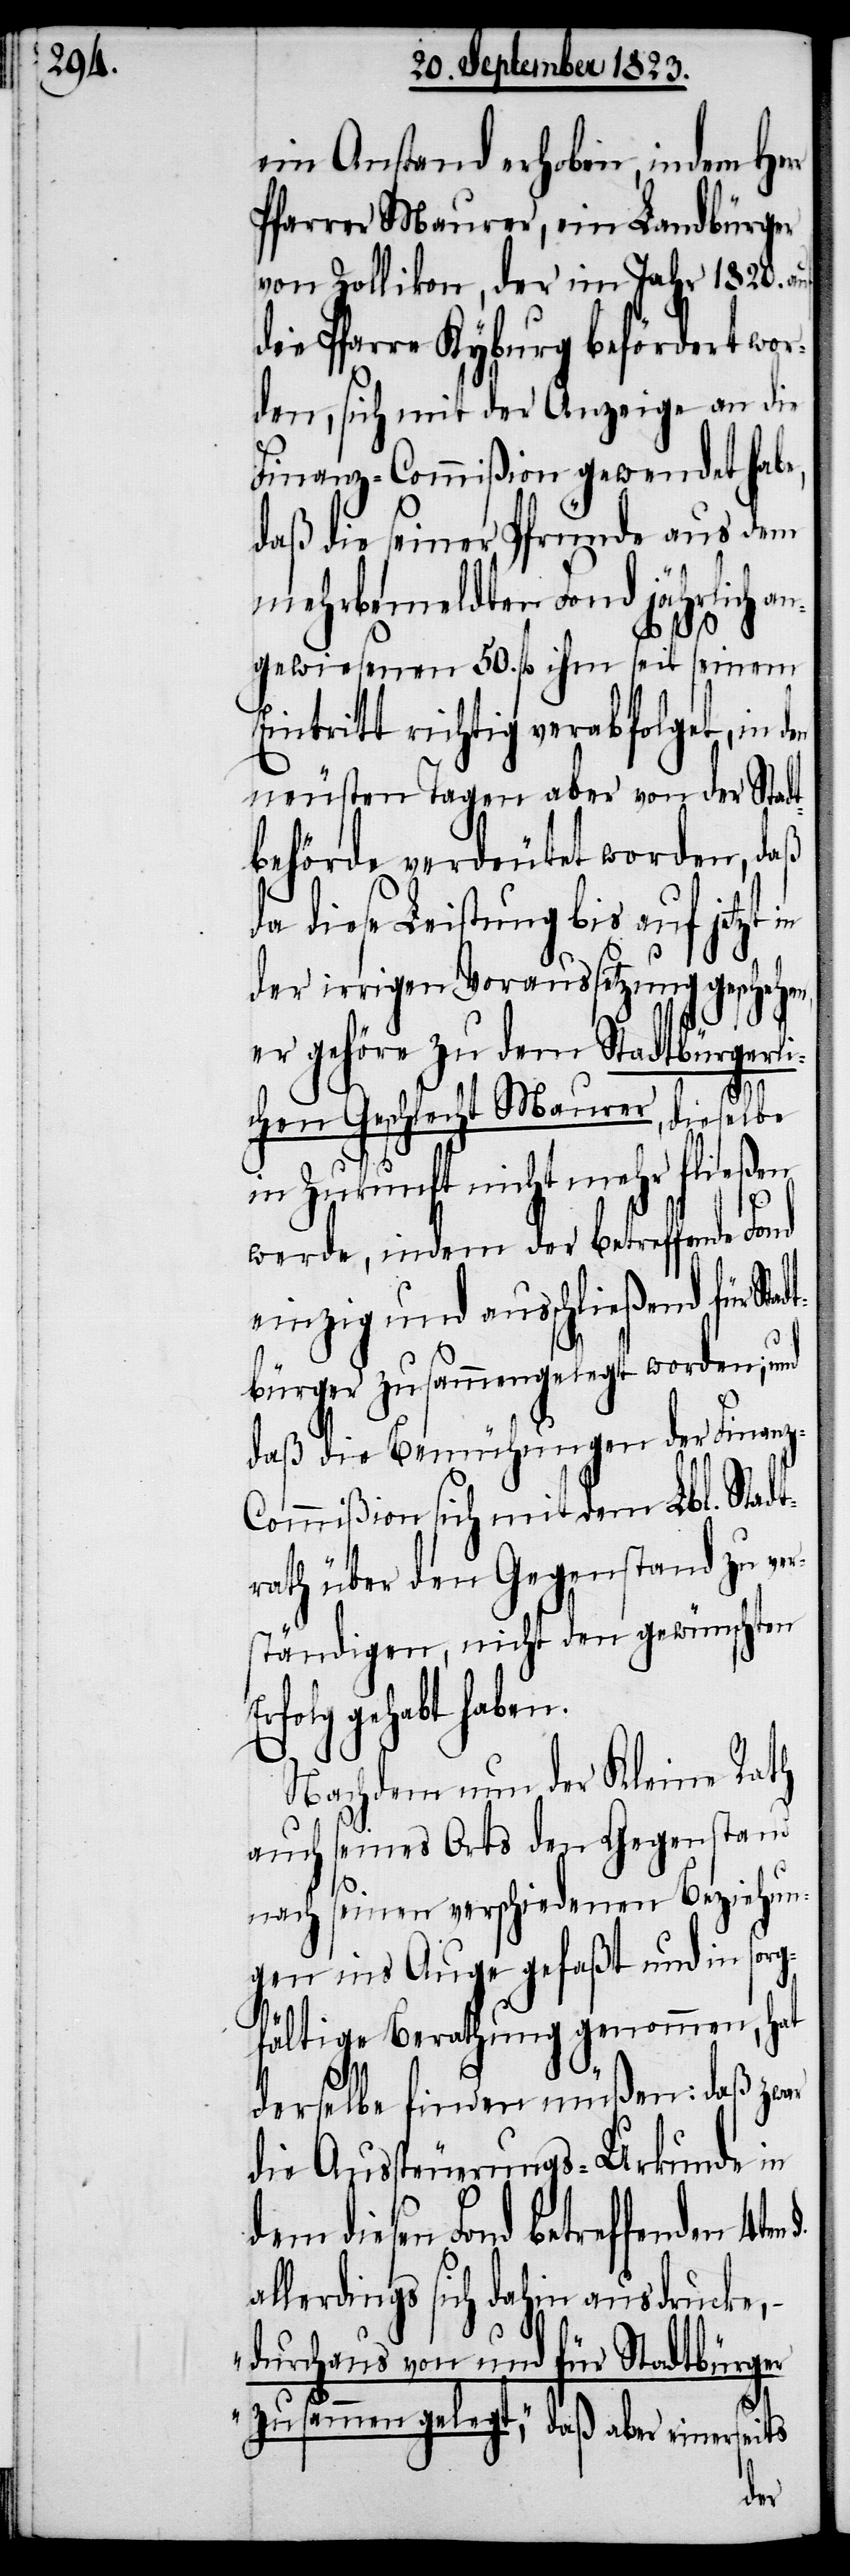
ein Anstand erhoben, indem Her¬
Pfarrer Maurer, ein Landbürger
von Zollikon, der im Jahr 1820. auf
die Pfarre Kyburg befördert wor¬
den, sich mit der Anzeige an die
Finanz-Commißion gewendet habe,
daß die seiner Pfründe aus dem
mehrbemeldten Fond jährlich an¬
gewiesenen 50. fl ihm seit seinem
Eintritt richtig verabfolget, in d¬
neusten Tagen aber von der Stadt¬
behörde verdeutet worden, daß
da diese Leistung bis auf jetzt
der irrigen Voraussetzung geschehen,
er gehöre zu dem Stadtbürgerli¬
Er¬
chen Geschlecht Maurer, dieselbe
in Zukunft nicht mehr fließen
r
werde, indem der betreffende Fond
einzig und ausschließend für Stad¬
tbürger zusammengelegt worden; und
daß die Bemühungen der Finan¬
ommißion sich mit dem Lbl. Stadt¬
rath über den Gegenstand zu ver¬
ständigen, nicht den gewünschten
folg gehabt haben.
Nachdem nun der Kleine Rath
auch seines Orts den Gegenstand
nach seinen verschiedenen Beziehun¬
gen ins Auge gefaßt und in sorg¬
fältige Berathung genommen, hat
derselbe finden müßen: daß zwar
die Aussteuerungs-Urkunde in
dem diesen Fond betreffenden
allerdings sich dahin ausdrucke,
„durchaus von und für Stadtbürger
zusammen gelegt,“ daß aber einer¬
seits